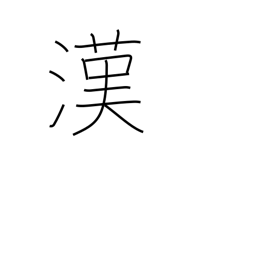
Meaning: China